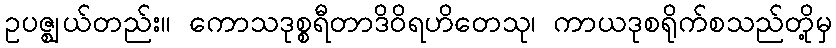
ဥပဇ္ဈယ်တည်း။ ကောသဒုစ္စရီတာဒိဝိရဟိတေသု၊ ကာယဒုစရိုက်စသည်တို့မှ